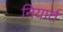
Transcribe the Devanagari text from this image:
नियार्त